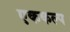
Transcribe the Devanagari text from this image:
एककल्प